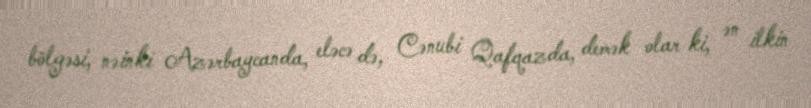
bölgəsi, nəinki Azərbaycanda, eləcə də, Cənubi Qafqazda, demək olar ki, ən ilkin